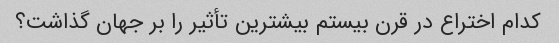
کدام اختراع در قرن بیستم بیشترین تأثیر را بر جهان گذاشت؟